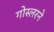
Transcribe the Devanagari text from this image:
गोस्लरने